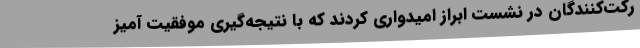
رکت‌کنندگان در نشست ابراز امیدواری کردند که با نتیجه‌گیری موفقیت آمیز